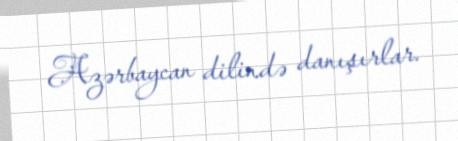
Azərbaycan dilində danışırlar.